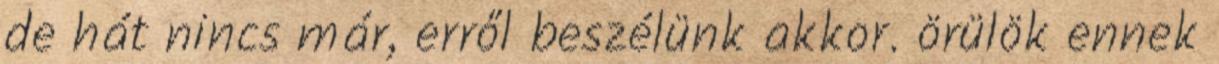
de hát nincs már, erről beszélünk akkor. örülök ennek